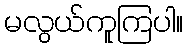
မလွယ်ကူကြပါ။